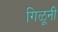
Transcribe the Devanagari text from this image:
गिळूनी